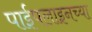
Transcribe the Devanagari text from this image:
पाईपलाइनच्या